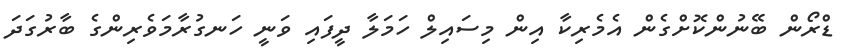
ޑްރޯން ބޭނުންކޮށްގެން އެމެރިކާ އިން މިސައިލް ހަމަލާ ދީފައި ވަނީ ހަނގުރާމަވެރިންގެ ބާރުގަދަ